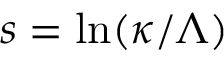
s = \ln ( \kappa / \Lambda )